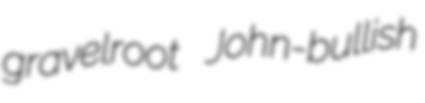
gravelroot John-bullish